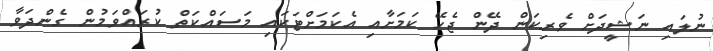
ނުލައި ނަޝީދަށް ވެރިކަން ދޭން ޖެހޭ ކަމަށާއި އެކަމަށްޓަކައި މަސައްކަތް ކުރައްވަމުން ގެންދަވާ